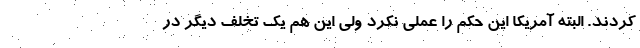
کردند. البته آمریکا این حکم را عملی نکرد ولی این هم یک تخلف دیگر در